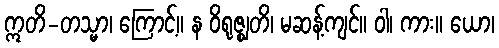
ဣတိ-တသ္မာ၊ ကြောင့်။ န ဝိရုဇ္ဈတိ၊ မဆန့်ကျင်။ ဝါ၊ ကား။ ယော၊